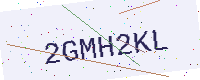
Text: 2GMH2KL